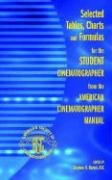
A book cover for Selected Tables, Charts and Formulas for the Student Cinematographer from the American Cinematographer Manual; Arts & Photography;